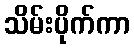
သိမ်းပိုက်ကာ